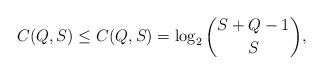
LaTeX: \begin{align*}C_{}(Q,S) \leq C^{}_{}(Q,S) = \log_2 \binom{S+Q-1}{S}, \end{align*}